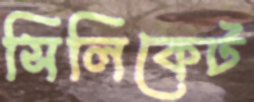
সিলিকেট